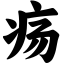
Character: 疡